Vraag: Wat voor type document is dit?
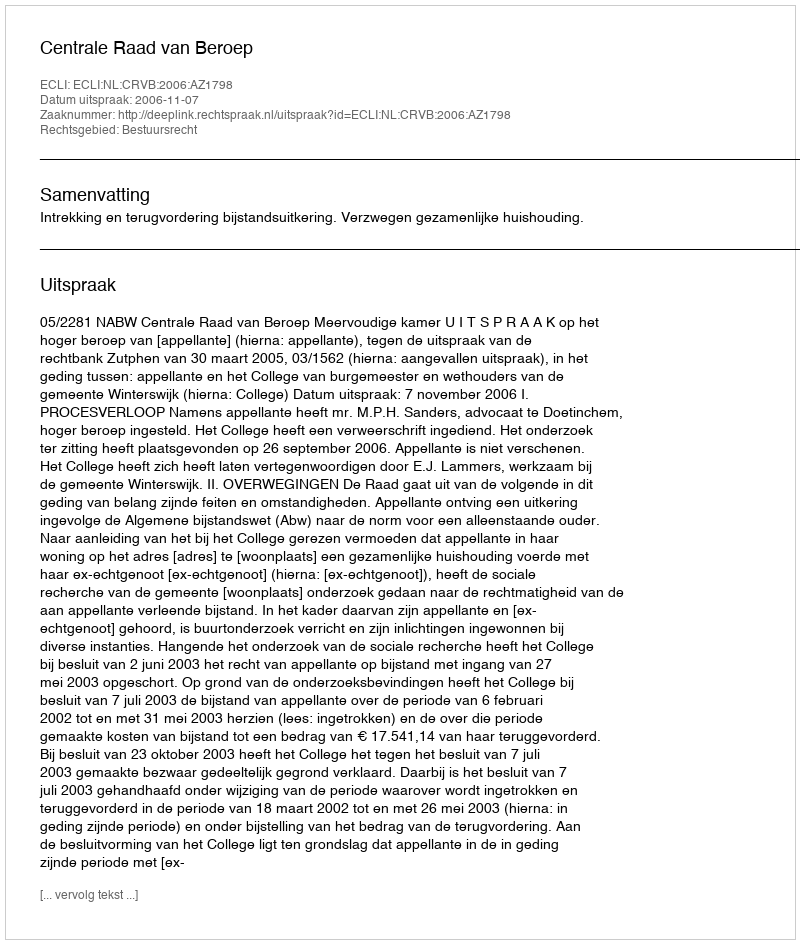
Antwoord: Uitspraak